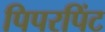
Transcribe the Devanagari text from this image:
पिपरपिंट